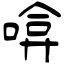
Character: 啽